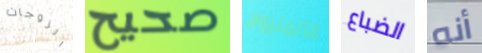
الزوجات صحيح الألمنيوم الضباع أنه